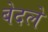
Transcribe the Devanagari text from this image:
बेदले